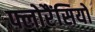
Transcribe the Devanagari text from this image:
फ्लोरैंसियो